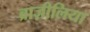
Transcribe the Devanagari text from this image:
ब्राज़ीलिया